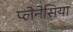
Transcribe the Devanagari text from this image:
प्लेनेसिया